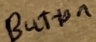
Text: Button